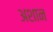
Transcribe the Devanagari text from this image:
अशान